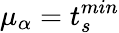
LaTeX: \mu_{\alpha}=t_{s}^{min}